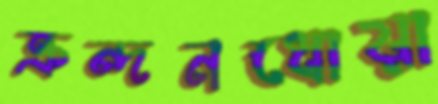
ক্রন্দনধোয়া